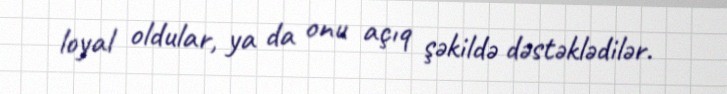
loyal oldular, ya da onu açıq şəkildə dəstəklədilər.